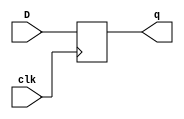
`timescale 1ns / 1ps
//////////////////////////////////////////////////////////////////////////////////
// Company: 
// Engineer: 
// 
// Design Name: 
// Module Name:    D_ff 
// Project Name: 
// Target Devices: 
// Tool versions: 
// Description: 
//
// Dependencies: 
//
// Revision: 
// Revision 0.01 - File Created
// Additional Comments: 
//
//////////////////////////////////////////////////////////////////////////////////
module D_ff(D,clk,q);
input D,clk;
output reg q;

always@(posedge clk)
begin
q<=D;
end
endmodule